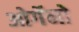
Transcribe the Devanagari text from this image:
ओर्गेनो